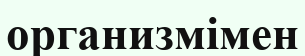
организмімен